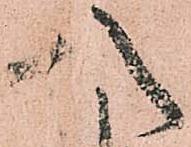
八